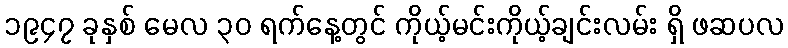
၁၉၄၇ ခုနှစ် မေလ ၃၀ ရက်နေ့တွင် ကိုယ့်မင်းကိုယ့်ချင်းလမ်း ရှိ ဖဆပလ